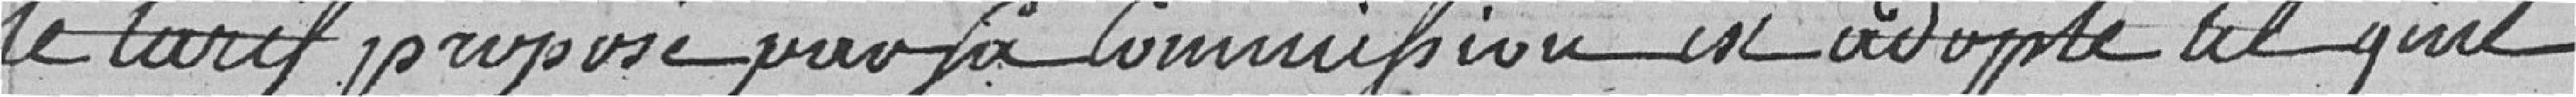
le tarif proposé pour sa commission est adopté tel qu'il